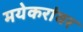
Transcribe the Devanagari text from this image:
मयेकरांवर